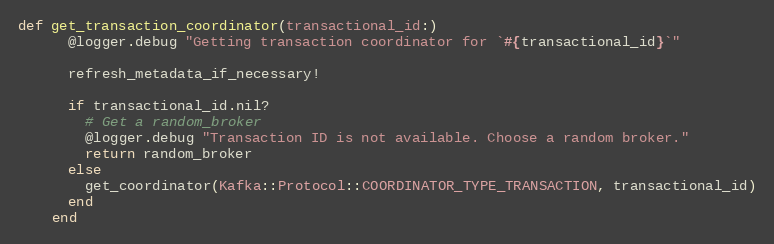
Language: Ruby
def get_transaction_coordinator(transactional_id:)
      @logger.debug "Getting transaction coordinator for `#{transactional_id}`"

      refresh_metadata_if_necessary!

      if transactional_id.nil?
        # Get a random_broker
        @logger.debug "Transaction ID is not available. Choose a random broker."
        return random_broker
      else
        get_coordinator(Kafka::Protocol::COORDINATOR_TYPE_TRANSACTION, transactional_id)
      end
    end